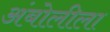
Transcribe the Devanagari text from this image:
अंबोलीला